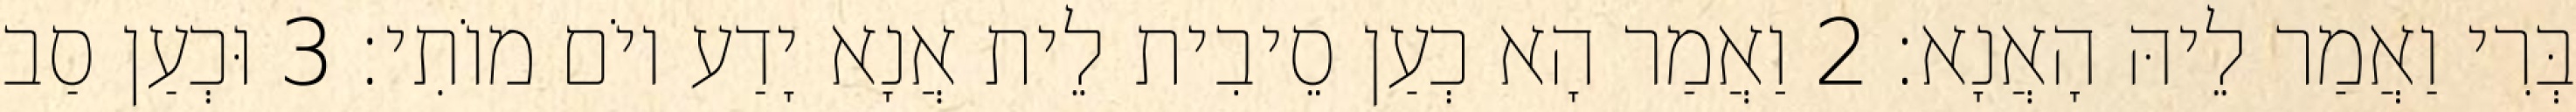
בְּרִי וַאֲמַר לֵיהּ הָאֲנָא׃ 2 וַאֲמַר הָא כְעַן סֵיבִית לֵית אֲנָא יָדַע יוֹם מוֹתִי׃ 3 וּכְעַן סַב